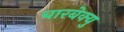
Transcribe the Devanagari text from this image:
बारबेक्यु